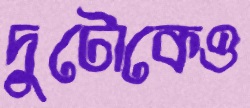
দুটোকেও